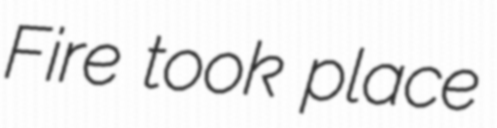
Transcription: Fire took place